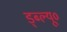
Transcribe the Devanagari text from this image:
ड्ब्ल्यू०